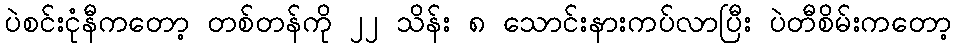
ပဲစင်းငုံနီကတော့ တစ်တန်ကို ၂၂ သိန်း ၈ သောင်းနားကပ်လာပြီး ပဲတီစိမ်းကတော့